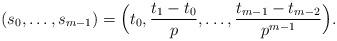
\begin{align*}(s_0,\dots,s_{m-1})=\Bigl(t_0,\frac{t_1-t_0}p,\dots,\frac{t_{m-1}-t_{m-2}}{p^{m-1}}\Bigr).\end{align*}